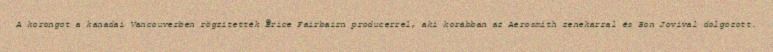
A korongot a kanadai Vancouverben rögzítették Brice Fairbairn producerrel, aki korábban az Aerosmith zenekarral és Bon Jovival dolgozott.